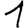
Digit: 1